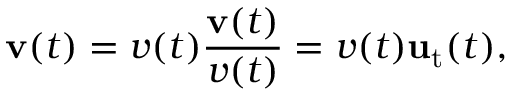
\mathbf { v } ( t ) = v ( t ) { \frac { \mathbf { v } ( t ) } { v ( t ) } } = v ( t ) \mathbf { u } _ { \mathrm { t } } ( t ) ,